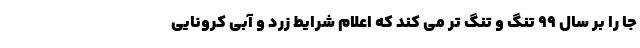
جا را بر سال ۹۹ تنگ و تنگ تر می کند که اعلام شرایط زرد و آبی کرونایی